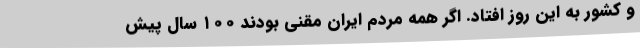
و کشور به این روز افتاد. اگر همه مردم ایران مقنی بودند ۱۰۰ سال پیش